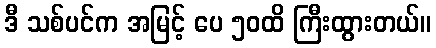
ဒီ သစ်ပင်က အမြင့် ပေ ၅၀ထိ ကြီးထွားတယ်။